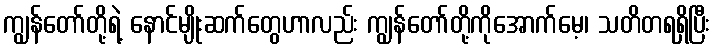
ကျွန်တော်တို့ရဲ့ နောင်မျိုးဆက်တွေဟာလည်း ကျွန်တော်တို့ကိုအောက်မေ့၊ သတိတရရှိပြီး